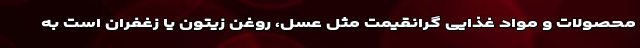
محصولات و مواد غذایی گرانقیمت مثل عسل، روغن زیتون یا زغفران است به